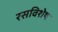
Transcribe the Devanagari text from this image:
रसविशेष